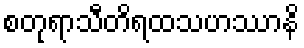
စတုရာသီတိရထသဟဿာနိ